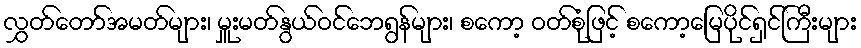
လွှတ်တော်အမတ်များ၊ မှူးမတ်နွယ်ဝင်ဘေရွန်များ၊ စကော့ ဝတ်စုံဖြင့် စကော့မြေပိုင်ရှင်ကြီးများ